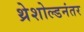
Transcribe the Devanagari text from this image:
थ्रेशोल्डनंतर